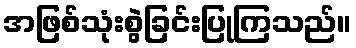
အဖြစ်သုံးစွဲခြင်းပြုကြသည်။